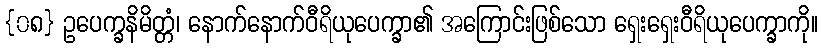
{၀၈} ဥပေက္ခနိမိတ္တံ၊ နောက်နောက်ဝီရိယုပေက္ခာ၏ အကြောင်းဖြစ်သော ရှေးရှေးဝီရိယုပေက္ခာကို။